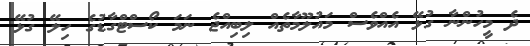
ދެ މީހުންނާ ގުޅޭ އެއްވެސް މައުލޫމާތެއް ލިބިއްޖެ ނަމަ ކޯސްޓްގާޑުގެ ހިލޭ ގުޅޭ